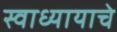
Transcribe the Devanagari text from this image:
स्वाध्यायाचे